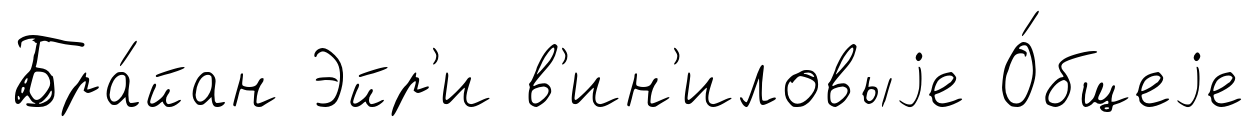
Бра́йан Эйр'и в'ин'иловыjе О́бщеjе